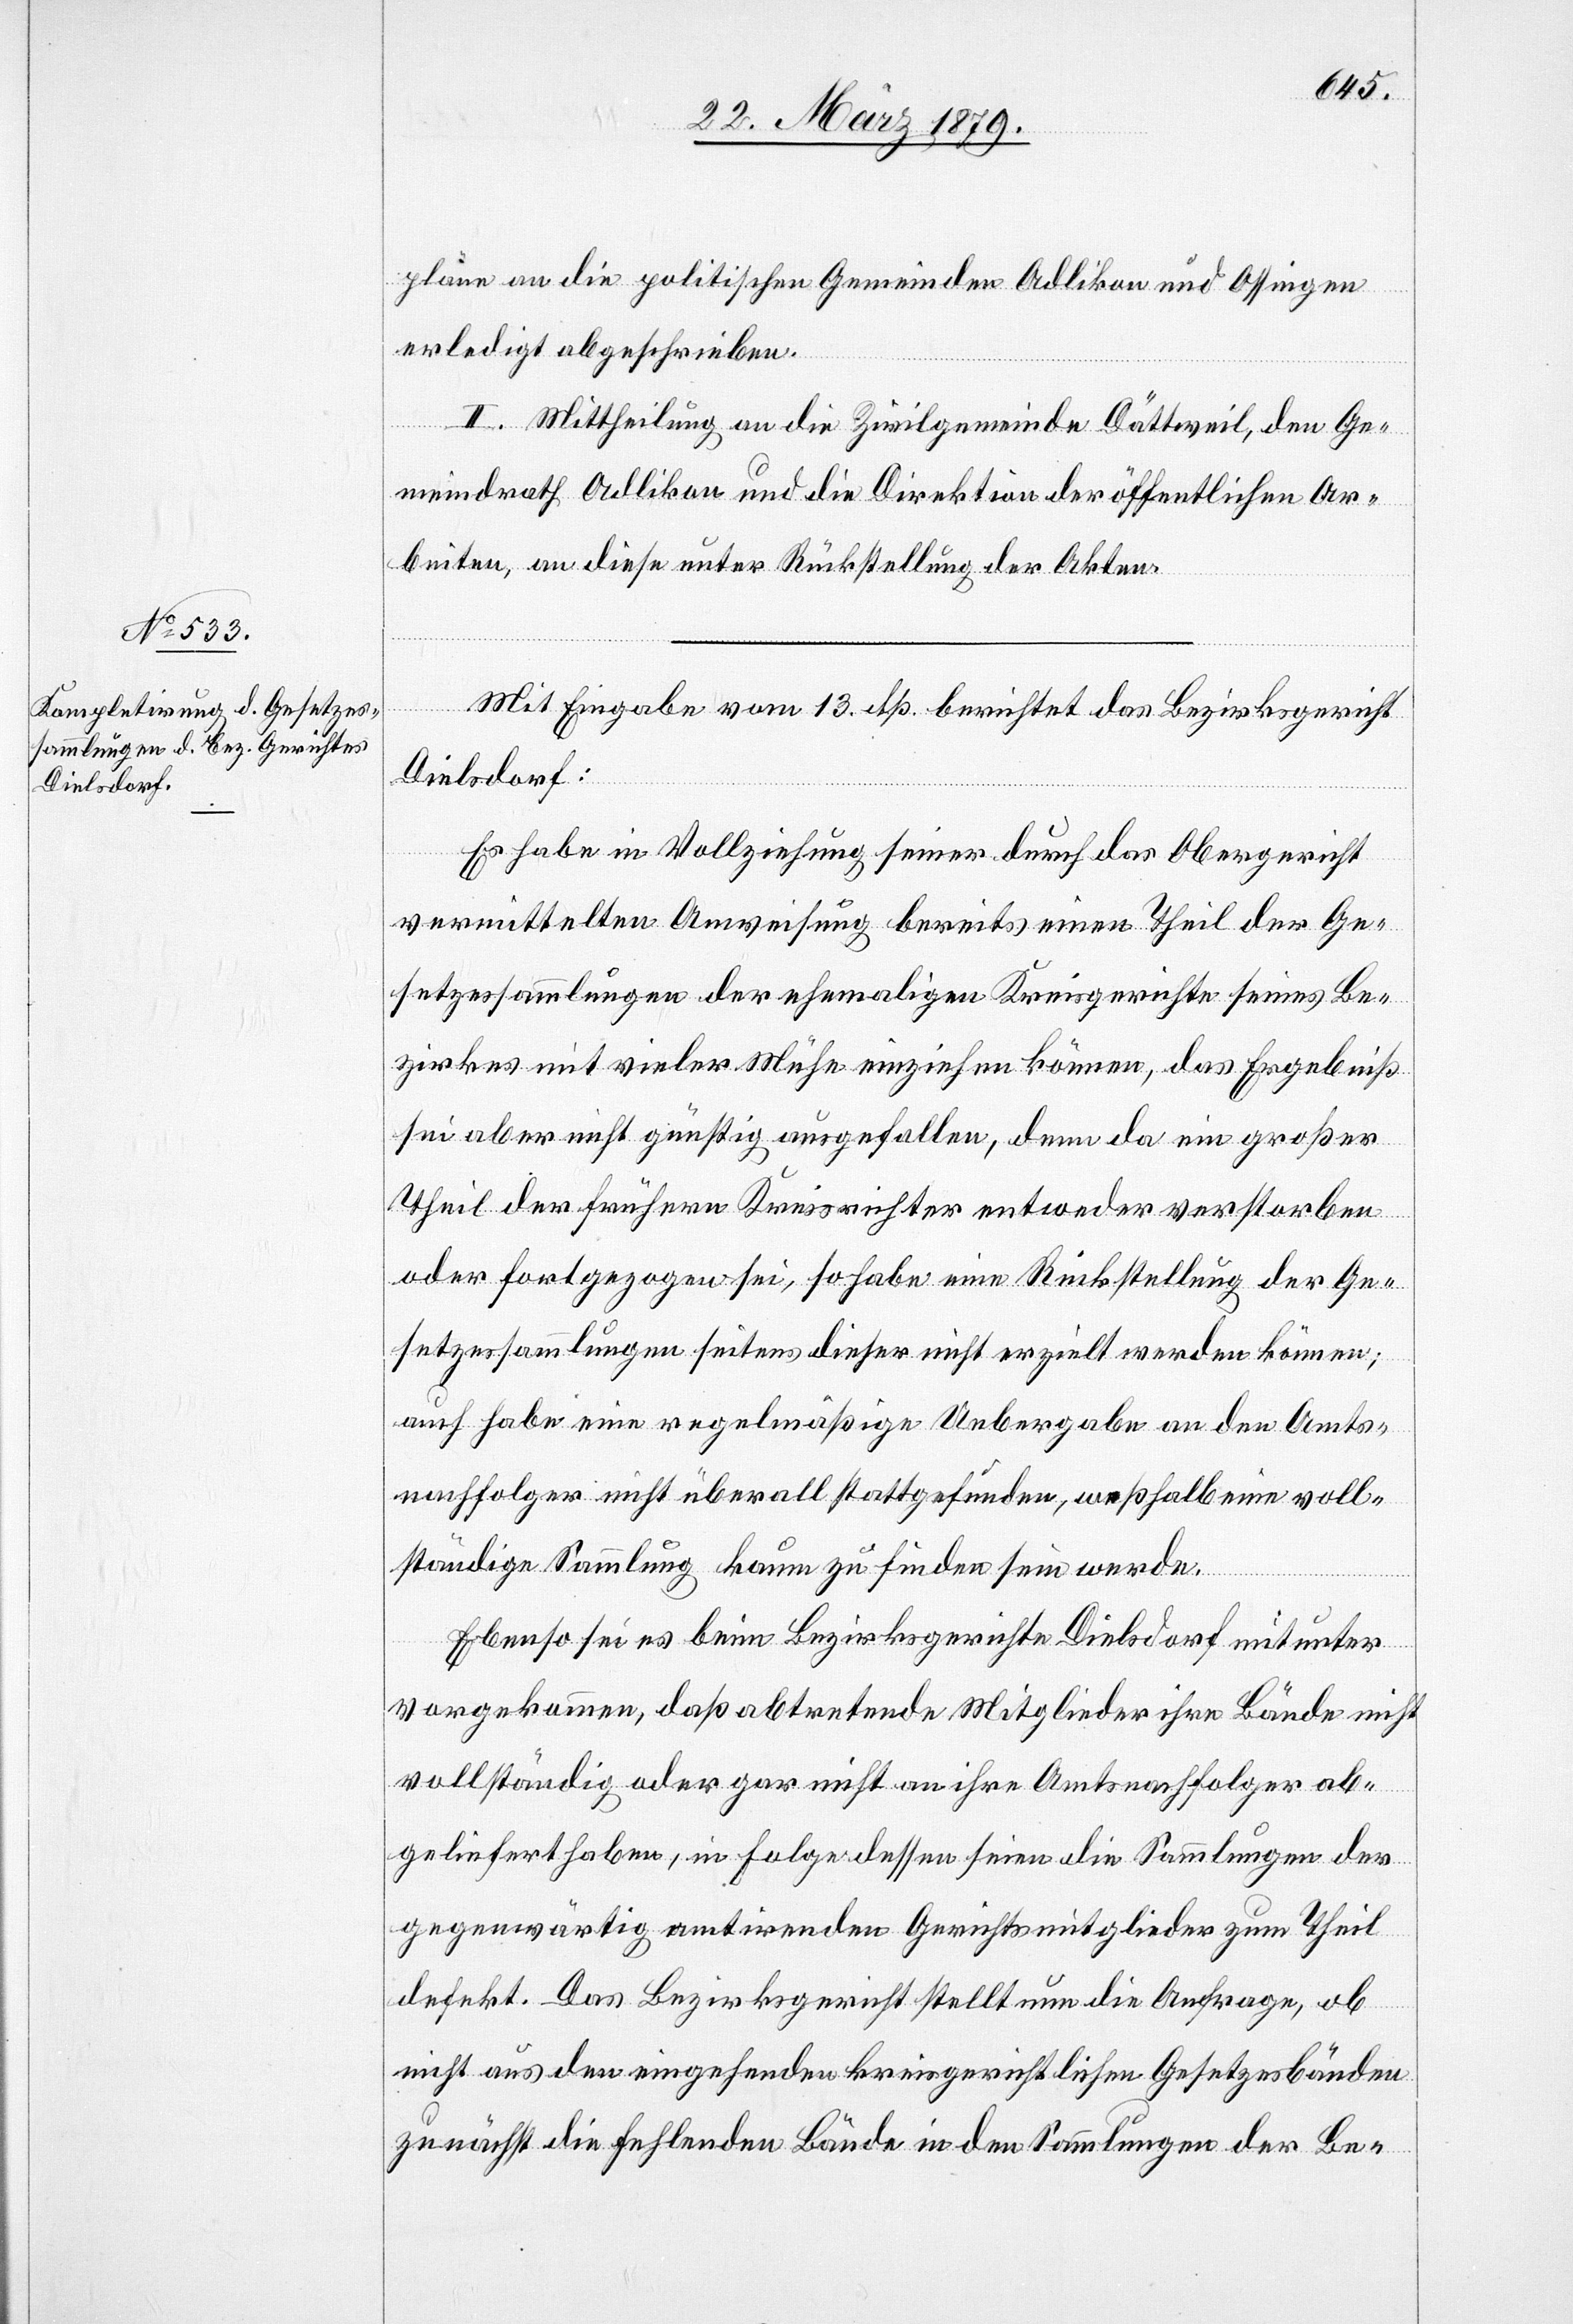
pläne an die politischen Gemeinden Adlikon und Ossingen
erledigt abgeschrieben.
II. Mittheilung an die Zivilgemeinde Dättweil, den Ge¬
meindrath Adlikon und die Direktion der öffentlichen Ar¬
beiten, an diese unter Rückstellung der Akten.
Mit Eingabe vom 13. dß. berichtet das Bezirksgericht
Dielsdorf:
Es habe in Vollziehung seiner durch das Obergericht
vermittelten Anweisung bereits einen Theil der Ge¬
setzessammlungen der ehemaligen Kreisgerichte seines Be¬
zirkes mit vieler Mühe einziehen können, das Ergebniß
sei aber nicht günstig ausgefallen, denn da ein großer
Theil der frühern Kreisrichter entweder verstorben
oder fortgezogen sei, so habe eine Rückstellung der Ge¬
setzessammlungen seitens dieser nicht erzielt werden können;
auch habe eine regelmäßige Uebergabe an den Amts¬
nachfolger nicht überall stattgefunden, weßhalb eine voll¬
ständige Sammlung kaum zu finden sein werde.
Ebenso sei es beim Bezirksgerichte Dielsdorf mitunter
vorgekommen, daß abtretende Mitglieder ihre Bände nicht
vollständig oder gar nicht an ihre Amtsnachfolger ab¬
geliefert haben, in Folge dessen seien die Sammlungen der
gegenwärtig amtirenden Gerichtsmitglieder zum Theil
defekt. Das Bezirksgericht stellt nun die Anfrage, ob
nicht aus den eingehenden kreisgerichtlichen Gesetzesbänden
zunächst die fehlenden Bände in den Sammlungen der Be-